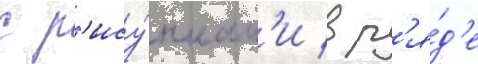
с р'ису́нкам'и в р'я́д'е